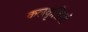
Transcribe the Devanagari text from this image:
कलकृतियां